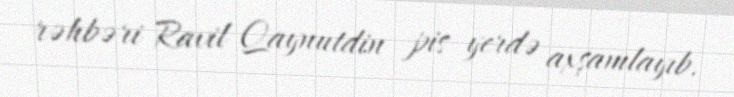
rəhbəri Ravil Qaynutdin pis yerdə axşamlayıb.